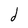
Character: d